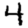
Digit: 4